Vaccination in Burma 1889-1999 - 1889-1999
Year: 1889
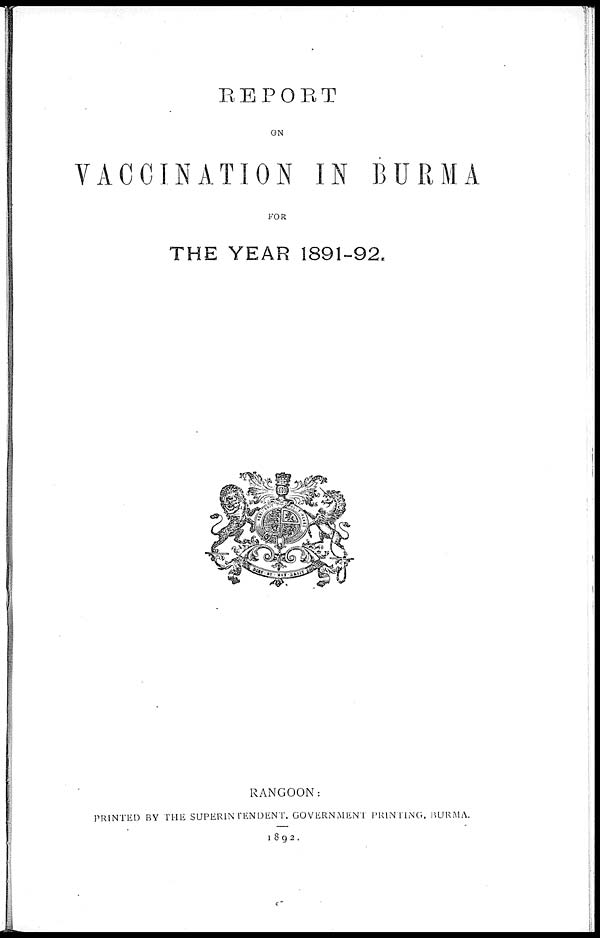
REPORT
ON
VACCINATION IN BURMA
FOR
THE YEAR 1891-92.
RANGOON:
PRINTED BY THE SUPERINTENDENT. GOVERNMENT PRINTING, BURMA.
1892.